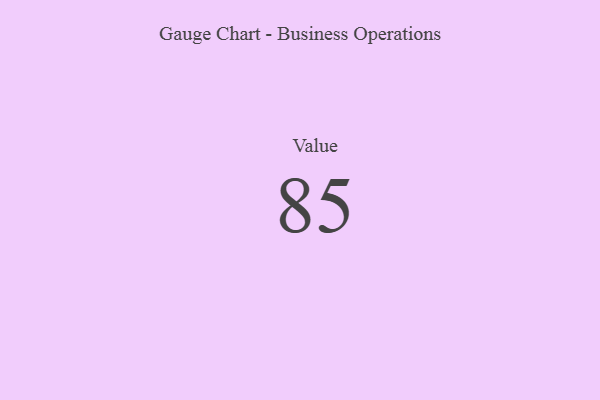
{"axis": {"x": "Metric", "y": "Value"}, "legend": [""], "data": [{"x": "Value", "y": 85, "type": ""}]}